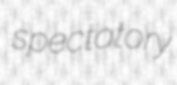
spectatory